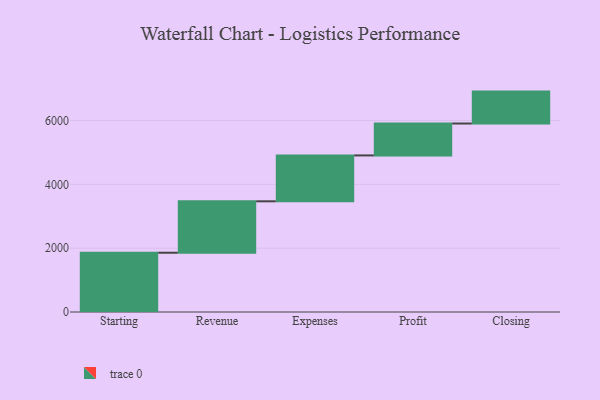
{"axis": {"x": "Step", "y": "Value"}, "legend": [""], "data": [{"x": "Starting", "y": 1857.0, "type": ""}, {"x": "Revenue", "y": 1612.0, "type": ""}, {"x": "Expenses", "y": 1438.0, "type": ""}, {"x": "Profit", "y": 1000, "type": ""}, {"x": "Closing", "y": 1000, "type": ""}]}